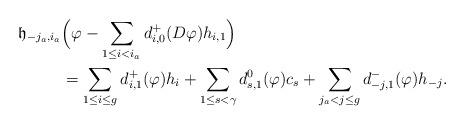
LaTeX: \begin{align*}\mathfrak{h}_{-j_a,i_a}&\Big(\varphi-\sum_{1\leq i<i_a}d^+_{i,0}(D\varphi)h_{i,1}\Big) \\&= \sum_{1\leq i\leq g}d^+_{i,1}(\varphi)h_i+\sum_{1\leq s<\gamma}d^0_{s,1}(\varphi)c_s+\sum_{j_a<j\leq g}d^-_{-j,1}(\varphi)h_{-j}.\end{align*}